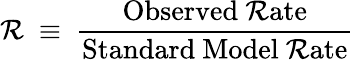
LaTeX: \mathcal{R}~\equiv~\frac{{\mathrm{{Observed~\mathcal{R}ate}}}}{{\mathrm{{Standard~Model~\mathcal{R}ate}}}}